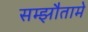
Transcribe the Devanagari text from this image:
सम्झौतामे